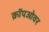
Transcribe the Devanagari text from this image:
क्रॉपओवर